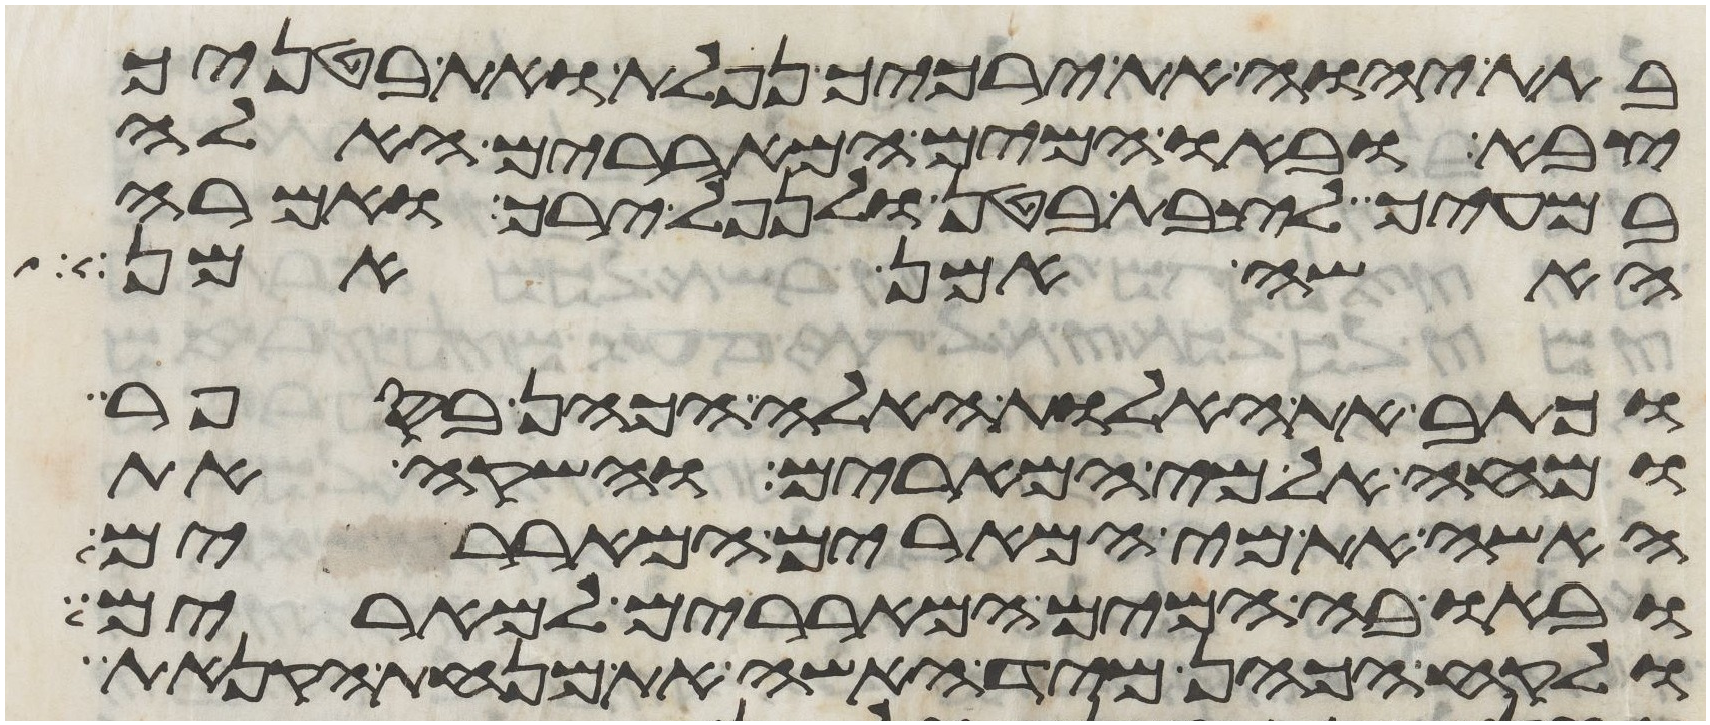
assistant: בתת יהוה את ירכיך נפלת ואת בטניך
צבא ובאו המים המאררים האלה
במעיך לצבת בטן ולנפל ירך ואמרה
האשה אמן אמן
וכתב את האלות האלה הכהן בספר
ומחה אל מי המרים והשקה את
האשה את מי המרים המאררים
ובאו בה המים המאררים למרים
ולקח הכהן מיד האשה את מנחת הקנאת